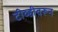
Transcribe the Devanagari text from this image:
टीव्हीवरून